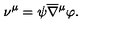
\nu ^ { \mu } = \psi \overline { \nabla } { ^ \mu } \varphi .